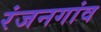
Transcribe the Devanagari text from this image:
रंजनगांव